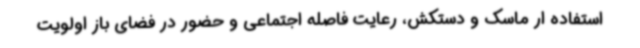
استفاده ار ماسک و دستکش، رعایت فاصله اجتماعی و حضور در فضای باز اولویت